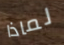
لماذا